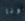
نونا